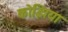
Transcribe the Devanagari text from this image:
कोझिया